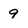
Character: 9